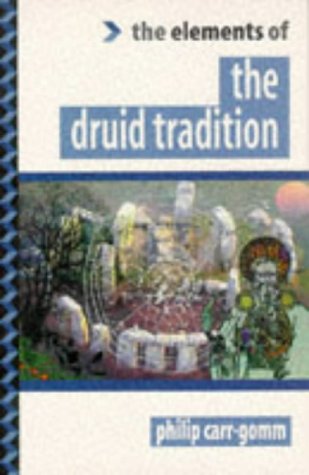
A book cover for The Druid Tradition (Elements of Series); Philip Carr-Gomm; Religion & Spirituality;